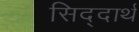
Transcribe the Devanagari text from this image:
सिद्दार्थ